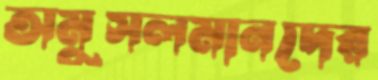
অমুসলমানদের